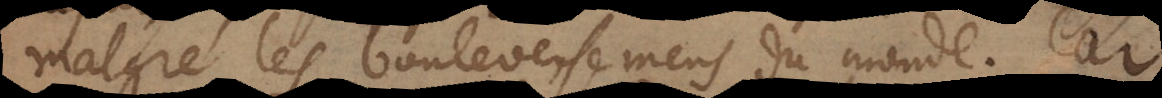
malgré les bouleversemens du monde. Car